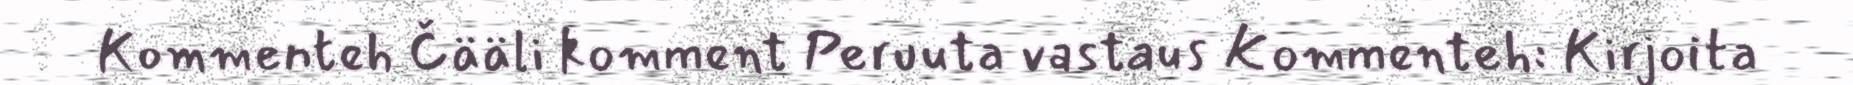
Kommenteh Čääli komment Peruuta vastaus Kommenteh: Kirjoita